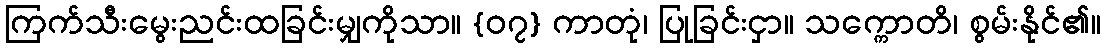
ကြက်သီးမွေးညင်းထခြင်းမျှကိုသာ။ {၀၇} ကာတုံ၊ ပြုခြင်းငှာ။ သက္ကောတိ၊ စွမ်းနိုင်၏။